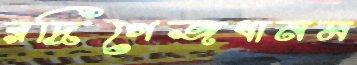
রদ্রিগেজধানম